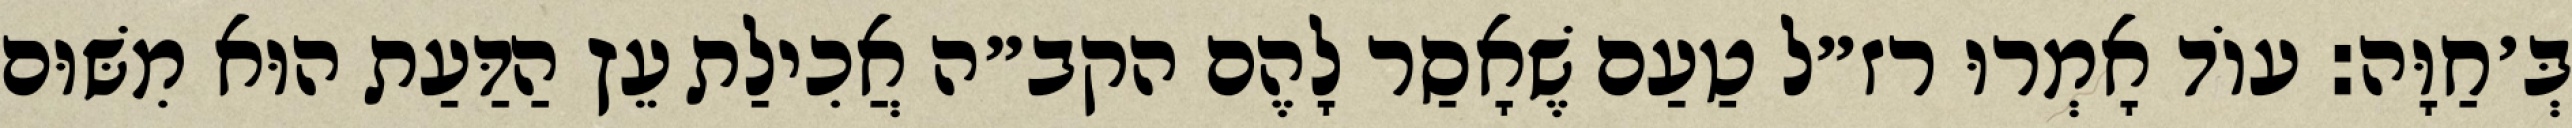
בְּ׳חַוָּה: עוֹד אָמְרוּ רז״ל טַעַם שֶׁאָסַר לָהֶם הקב״ה אֲכִילַת עֵץ הַדַּעַת הוּא מִשּׁוּם